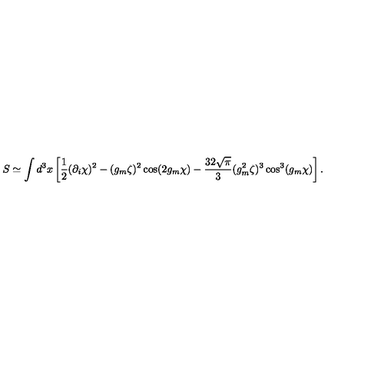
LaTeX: S \simeq \int d ^ { 3 } x \left[ \frac 1 2 ( \partial _ { i } \chi ) ^ { 2 } - ( g _ { m } \zeta ) ^ { 2 } \cos ( 2 g _ { m } \chi ) - \frac { 3 2 \sqrt { \pi } } { 3 } ( g _ { m } ^ { 2 } \zeta ) ^ { 3 } \cos ^ { 3 } ( g _ { m } \chi ) \right] .